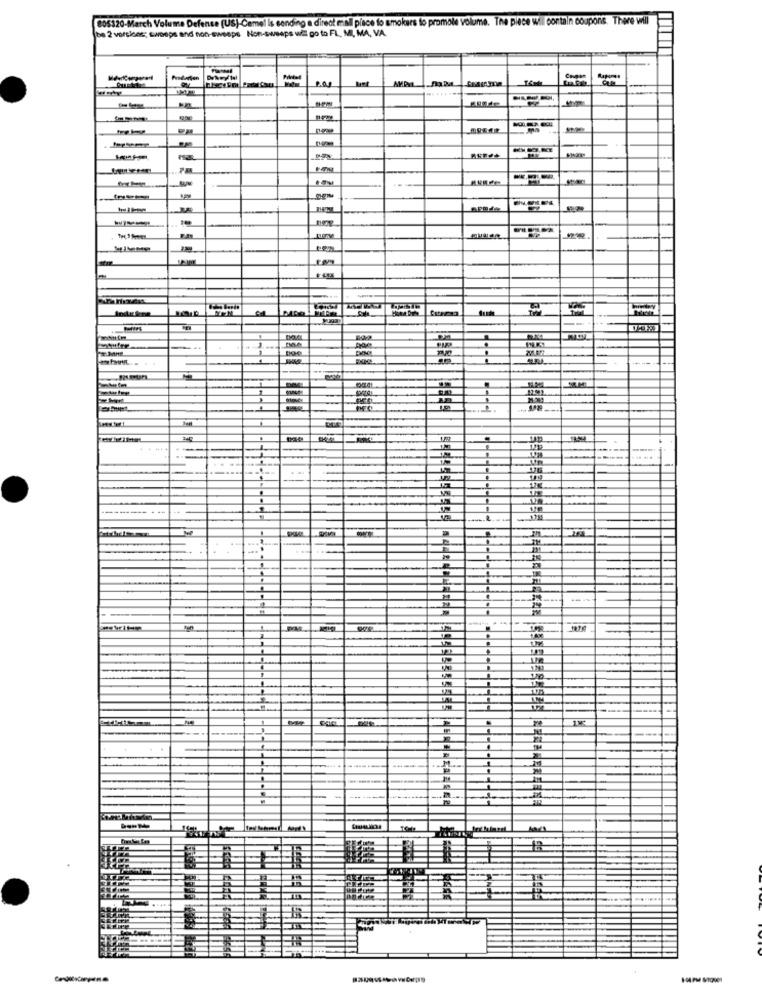
805320-March Volume Defence (US)-Cemel Is sending a direct mall place to smokers to promole volume. The piece wil contain coupons. There will
be 2 versions; swasps and non-sweeps Non-sweeps will go to FL, MI, MA, VA.
........
-
IFEFFI
:
24
-
M
#
14PM STOR